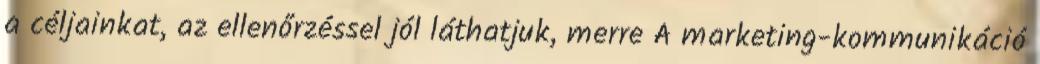
a céljainkat, az ellenőrzéssel jól láthatjuk, merre A marketing-kommunikáció